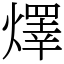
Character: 燡